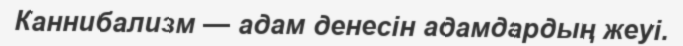
Каннибализм — адам денесін адамдардың жеуі.